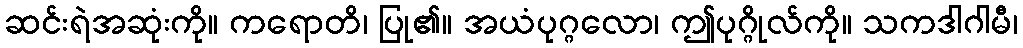
ဆင်းရဲအဆုံးကို။ ကရောတိ၊ ပြု၏။ အယံပုဂ္ဂလော၊ ဤပုဂ္ဂိုလ်ကို။ သကဒါဂါမီ၊